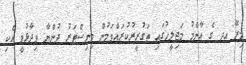
މިރޭ އދ ގެ އާންމު މަޖިލީހުގައި ތަގުރީރުކުރައްވަމުން މިނިސްޓަރު ދުންޔާ ވިދާޅުވީ އެކި